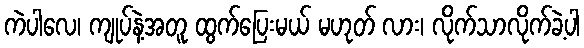
ကဲပါလေ၊ ကျုပ်နဲ့အတူ ထွက်ပြေးမယ် မဟုတ် လား၊ လိုက်သာလိုက်ခဲ့ပါ